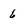
Character: 6